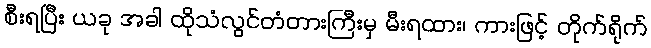
စီးရပြီး ယခု အခါ ထိုသံလွင်တံတားကြီးမှ မီးရထား၊ ကားဖြင့် တိုက်ရိုက်